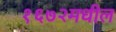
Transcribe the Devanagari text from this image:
१६७२मधील